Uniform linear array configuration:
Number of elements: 16
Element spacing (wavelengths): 0.75
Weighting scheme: blackman
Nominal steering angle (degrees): -15
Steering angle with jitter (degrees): -14.946
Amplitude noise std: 0.05
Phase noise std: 0.05

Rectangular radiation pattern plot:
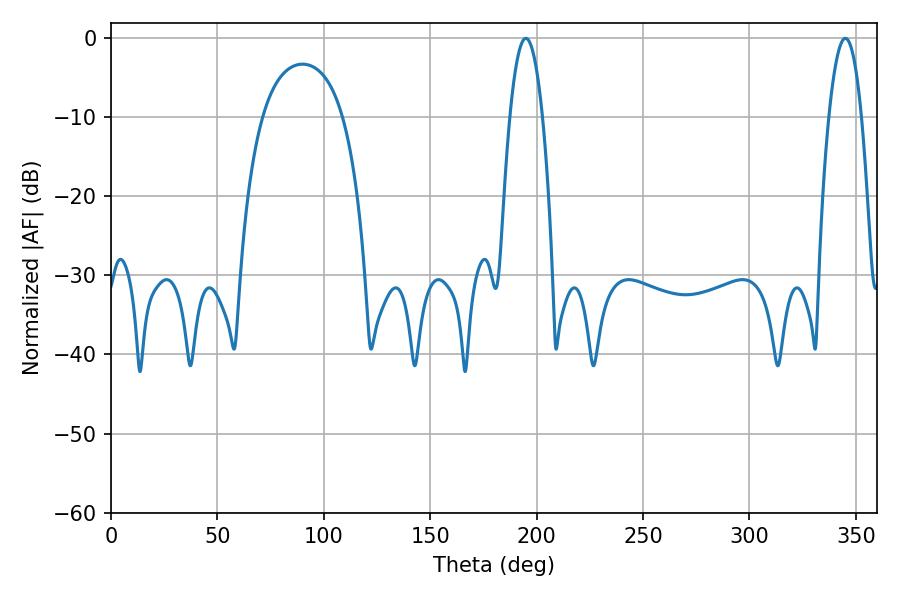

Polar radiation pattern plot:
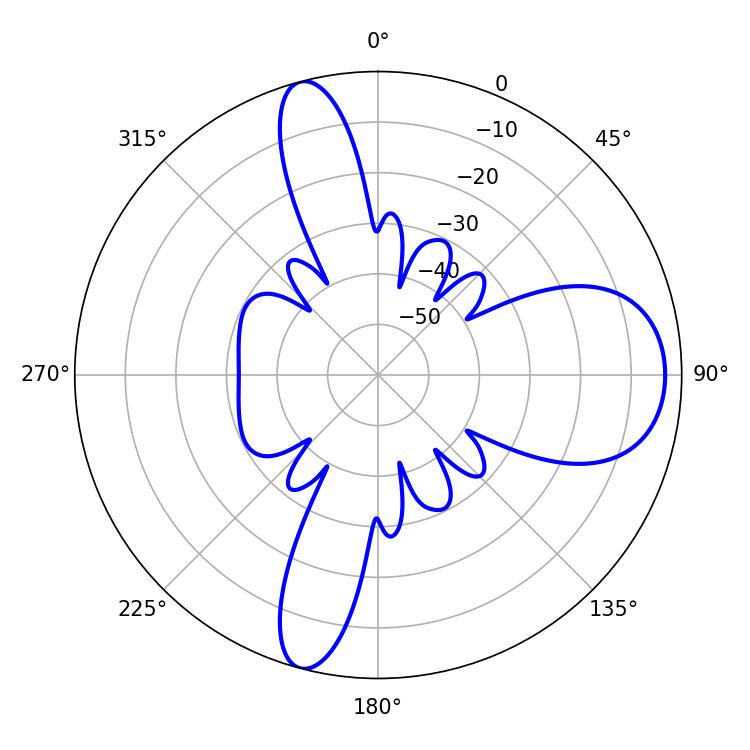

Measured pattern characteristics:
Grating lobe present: TRUE
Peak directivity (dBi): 11.578
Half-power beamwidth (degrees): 8.46
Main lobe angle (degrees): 194.94